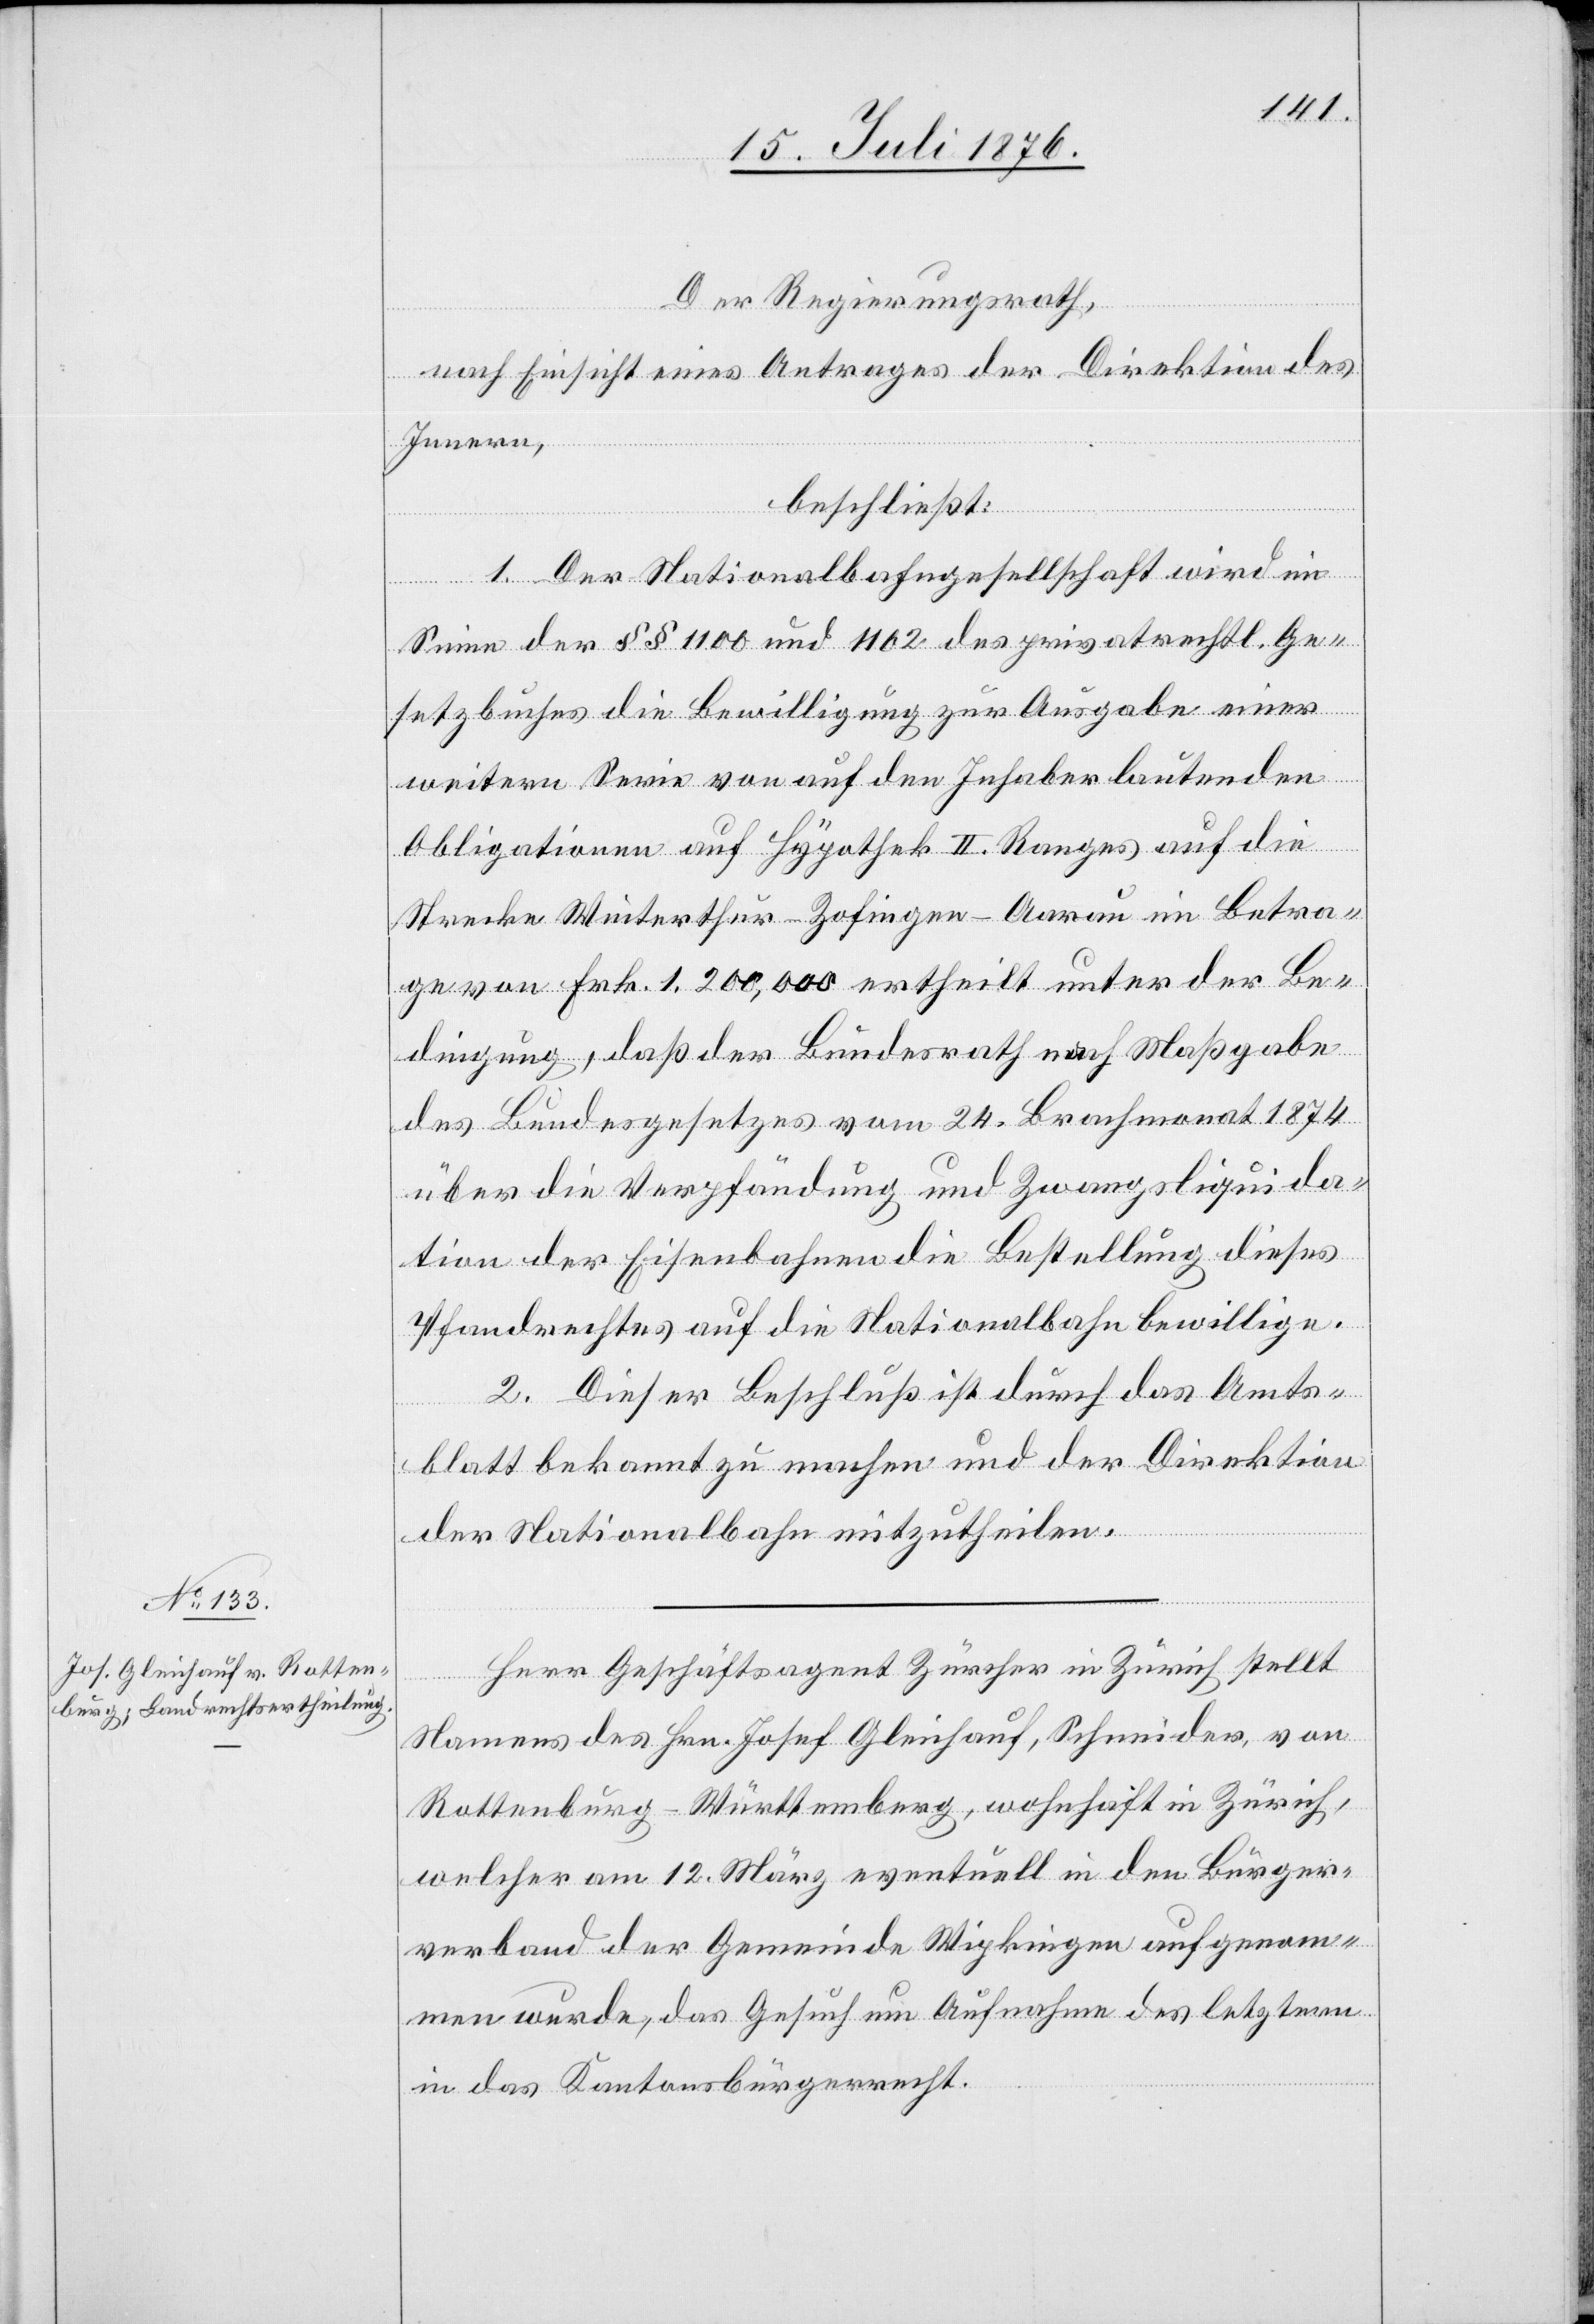
Der Regierungsrath,
nach Einsicht eines Antrages der Direktion des
Innern,
beschließt:
1. Der Nationalbahngesellschaft wird im
Sinne der §§ 1100 und 1102 des privatrechtl. Ge¬
setzbuches die Bewilligung zur Ausgabe einer
weitern Serie von auf den Inhaber lautenden
Obligationen auf Hypothek II. Ranges auf die
Strecke Winterthur–Zofingen–Aarau im Betra¬
ge von Frk. 1,200,000 ertheilt unter der Be¬
dingung, daß der Bundesrath nach Maßgabe
des Bundesgesetzes vom 24. Brachmonat 1874
über die Verpfändung und Zwangsliquida¬
tion der Eisenbahnen die Bestellung dieses
Pfandrechtes auf die Nationalbahn bewillige.
2. Dieser Beschluß ist durch das Amts¬
blatt bekannt zu machen und der Direktion
der Nationalbahn mitzutheilen.
Herr Geschäftsagent Zürcher in Zürich stellt
Namens des Hrn. Josef Gleichauf, Schneider, von
Rottenburg - Württemberg, wohnhaft in Zürich,
welcher am 12. März eventuell in den Bürger¬
verband der Gemeinde Wipkingen aufgenom¬
men wurde, das Gesuch um Aufnahme des letztern
in das Kantonsbürgerrecht.